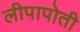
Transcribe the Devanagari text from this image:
लीपापोती